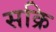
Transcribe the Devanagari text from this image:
सक्रि